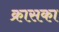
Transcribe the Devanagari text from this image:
क्रासका